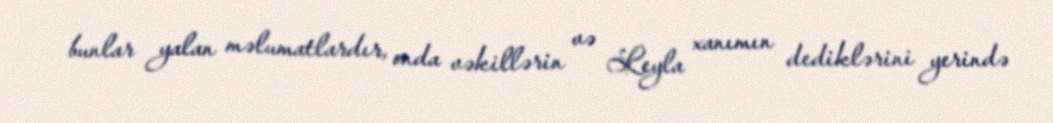
bunlar yalan məlumatlardır, onda vəkillərin və Leyla xanımın dediklərini yerində